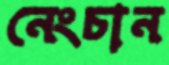
নেংচান